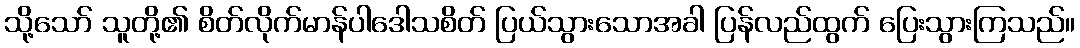
သို့သော် သူတို့၏ စိတ်လိုက်မာန်ပါဒေါသစိတ် ပြယ်သွားသောအခါ ပြန်လည်ထွက် ပြေးသွားကြသည်။